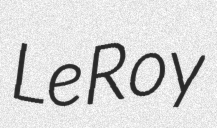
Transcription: LeRoy